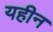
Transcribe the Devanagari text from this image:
यहीन